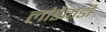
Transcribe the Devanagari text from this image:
लांडेवाडी